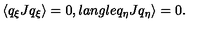
\langle q _ { \xi } J q _ { \xi } \rangle = 0 , l a n g l e q _ { \eta } J q _ { \eta } \rangle = 0 .